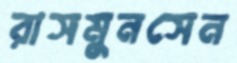
রাসমুনসেন